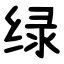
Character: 绿